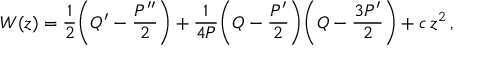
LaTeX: W ( z ) = \frac 1 2 \bigg ( Q ^ { \prime } - \frac { P ^ { \prime \prime } } 2 \bigg ) + \frac 1 { 4 P } \bigg ( Q - \frac { P ^ { \prime } } 2 \bigg ) \bigg ( Q - \frac { 3 P ^ { \prime } } 2 \bigg ) + c \, z ^ { 2 } \, ,